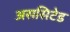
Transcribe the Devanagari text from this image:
अससिटेड